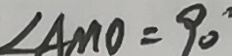
\angle A M O = 9 0 ^ { \circ }